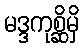
မဒ္ဒကုစ္ဆိမှိ